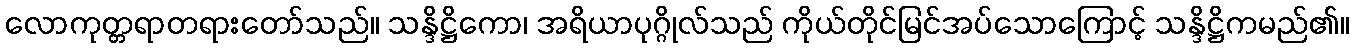
လောကုတ္တရာတရားတော်သည်။ သန္ဒိဋ္ဌိကော၊ အရိယာပုဂ္ဂိုလ်သည် ကိုယ်တိုင်မြင်အပ်သောကြောင့် သန္ဒိဋ္ဌိကမည်၏။